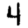
Digit: 4